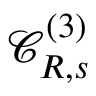
{ \mathcal C } _ { R , s } ^ { ( 3 ) }